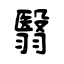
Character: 翳